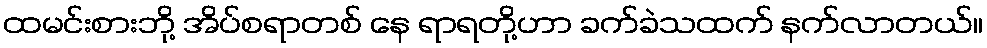
ထမင်းစားဘို့ အိပ်စရာတစ် နေ ရာရတို့ဟာ ခက်ခဲသထက် နက်လာတယ်။